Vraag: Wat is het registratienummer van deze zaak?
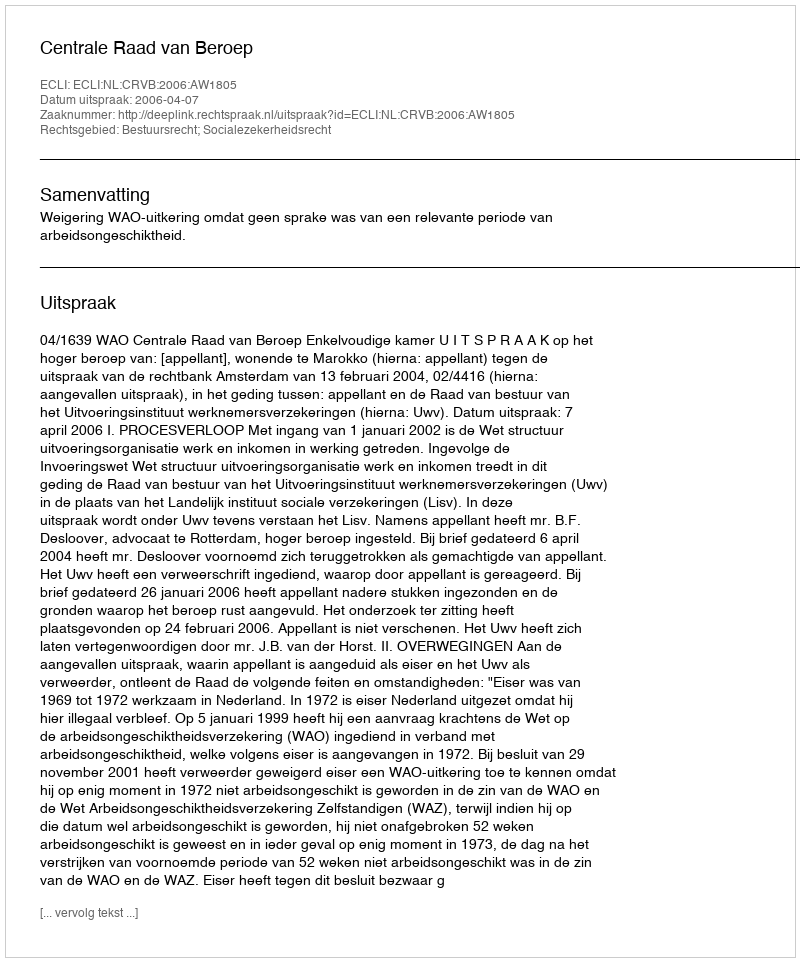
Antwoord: http://deeplink.rechtspraak.nl/uitspraak?id=ECLI:NL:CRVB:2006:AW1805